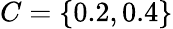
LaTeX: C=\{ 0.2,0.4\}